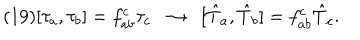
( 1 9 ) [ \tau _ { a } , \tau _ { b } ] = f _ { a b } ^ { c } \tau _ { c } \; \; \rightarrow \; \; [ \hat { T } _ { a } , \hat { T } _ { b } ] = f _ { a b } ^ { c } \hat { T } _ { c } .